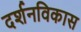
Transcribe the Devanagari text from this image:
दर्शनविकास